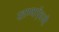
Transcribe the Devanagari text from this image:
रहाण्याऍवजी